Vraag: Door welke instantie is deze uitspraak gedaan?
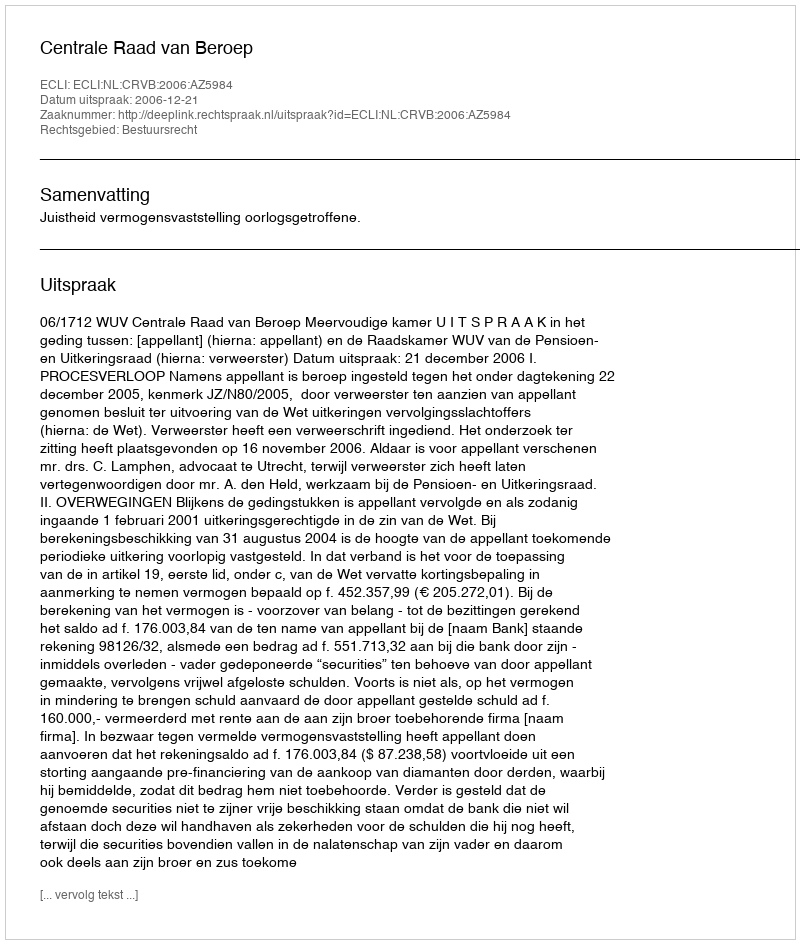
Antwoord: Centrale Raad van Beroep